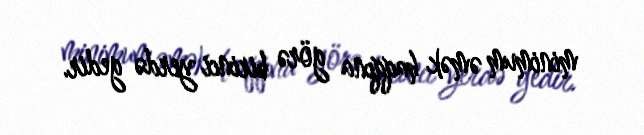
minimum əmək haqqına görə birinci yerdə gedir.